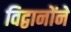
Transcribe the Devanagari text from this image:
विद्वानोंने